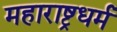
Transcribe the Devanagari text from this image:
महाराष्ट्रधर्म